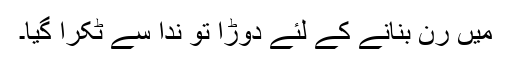
میں رن بنانے کے لئے دوڑا تو ندا سے ٹکرا گیا۔